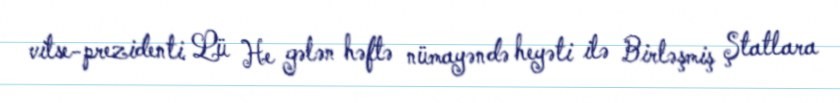
vitse-prezidenti Lü He gələn həftə nümayəndə heyəti ilə Birləşmiş Ştatlara